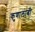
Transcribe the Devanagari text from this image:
कुणालाबी